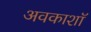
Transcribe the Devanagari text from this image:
अवकाशॉ